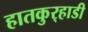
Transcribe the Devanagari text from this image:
हातकुर्‍हाडी